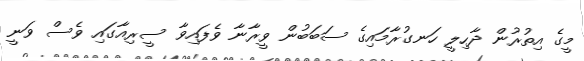
މީގެ އިތުރުން ދާހިލީ ހަނގުރާމައިގެ ސަބަބުން ވީރާނާ ވެފައިވާ ސީރިއާގައި ވެސް ވަނީ